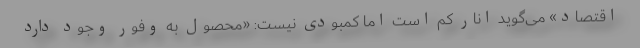
اقتصاد» می‌گوید انار کم است اما کمبودی نیست: «محصول به وفور وجود دارد